Vabadussoja_Ajaloo_Komitee, lk 66
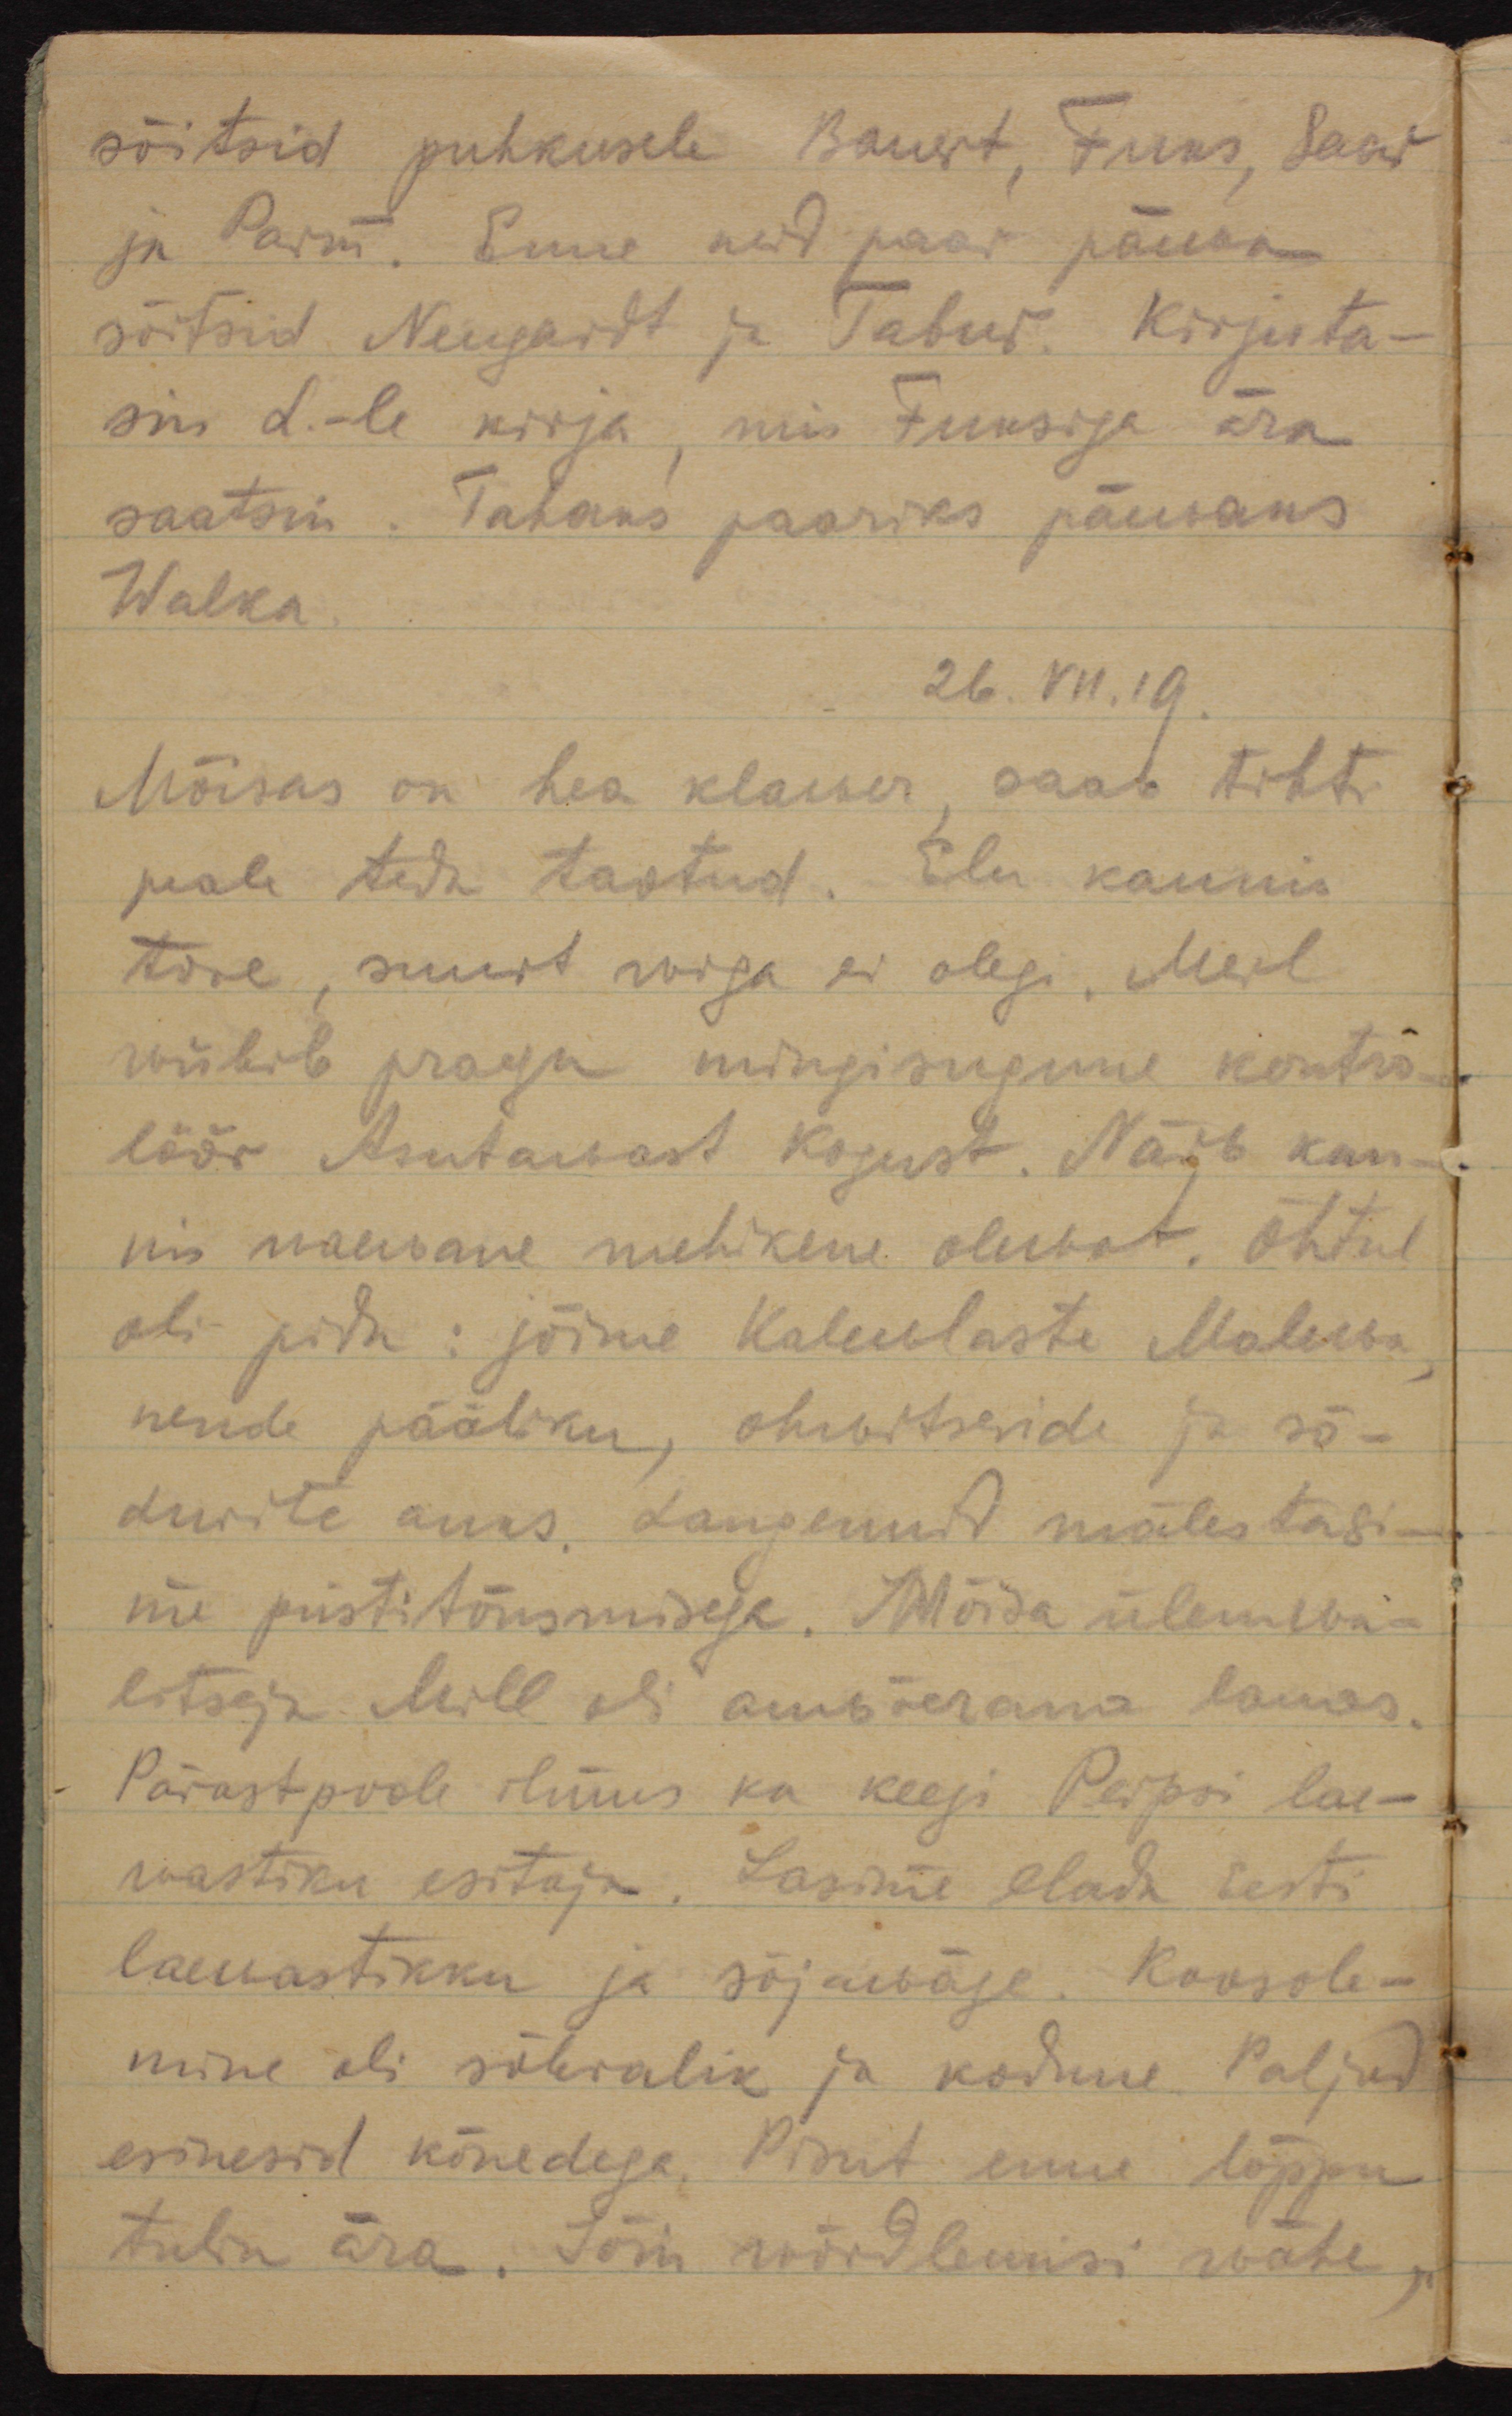
sõitsid puhkusele Bauert, Fuks, Saar
ja Parm. Enne neid paar päewa
sõitsid Neugardt ja Tabur. Kirjuta-
sin L.-le kirja, mis Fuksiga ära
saatsin. Tahaks paariks päewaks
Walka.
26.VII.19.
Mõisas on hea klawer, saab tihti
peale teda taotud. Elu kaunis
tore, suurt wiga ei olegi. Meil 
wiibib praegu mingisugune kontro-
löör Asutawast Kogust. Näib kau-
nis waewane mehikene olewat. Õhtul
oli pidu: jõime Kalewlaste Malewa, 
nende pääliku, ohwitseride ja sõ-
durite auks. Langenuid mälestasi-
me püstitõusmisega. Mõisa ülemwa-
litseja Mill oli auwõerana lauas.
Pärastpoole ilmus ka keegi Peipsi lae-
wastiku esitaja. Lasime elada Eesti
laewastikku ja sõjawäge. Koosole-
mine oli sõbralik ja kodune. Paljud
esinesid kõnedega. Pisut enne lõppu
tulin ära. Jõin wõrdlemisi wähe,